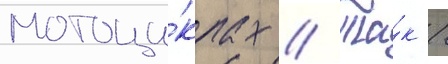
мотоци́клах // Та́к /